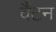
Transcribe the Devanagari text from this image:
वैंटन